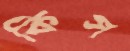
কিস